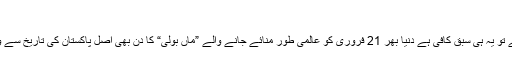
“
ہمارے لئے تو یہ ہی سبق کافی ہے دنیا بھر 21 فروری کو عالمی طور منائے جانے والے ”ماں بولی“ کا دن بھی اصل پاکستان کی تاریخ سے وابستہ ہے۔